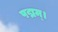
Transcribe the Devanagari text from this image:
पद्मम्।